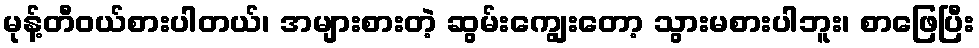
မုန့်တီဝယ်စားပါတယ်၊ အများစားတဲ့ ဆွမ်းကျွေးတော့ သွားမစားပါဘူး၊ စာဖြေပြီး